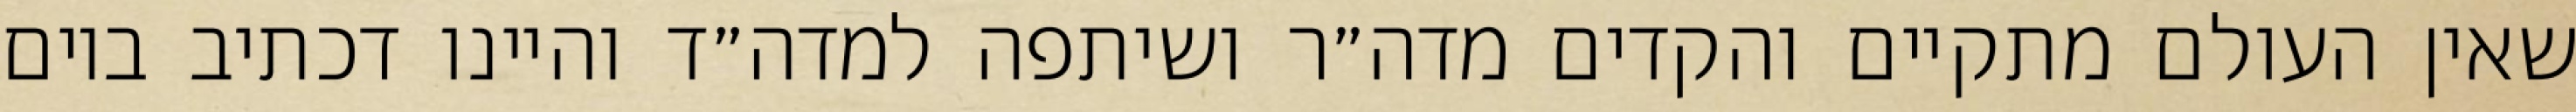
שאין העולם מתקיים והקדים מדה״ר ושיתפה למדה״ד והיינו דכתיב ביום